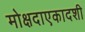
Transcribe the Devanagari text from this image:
मोक्षदाएकादशी